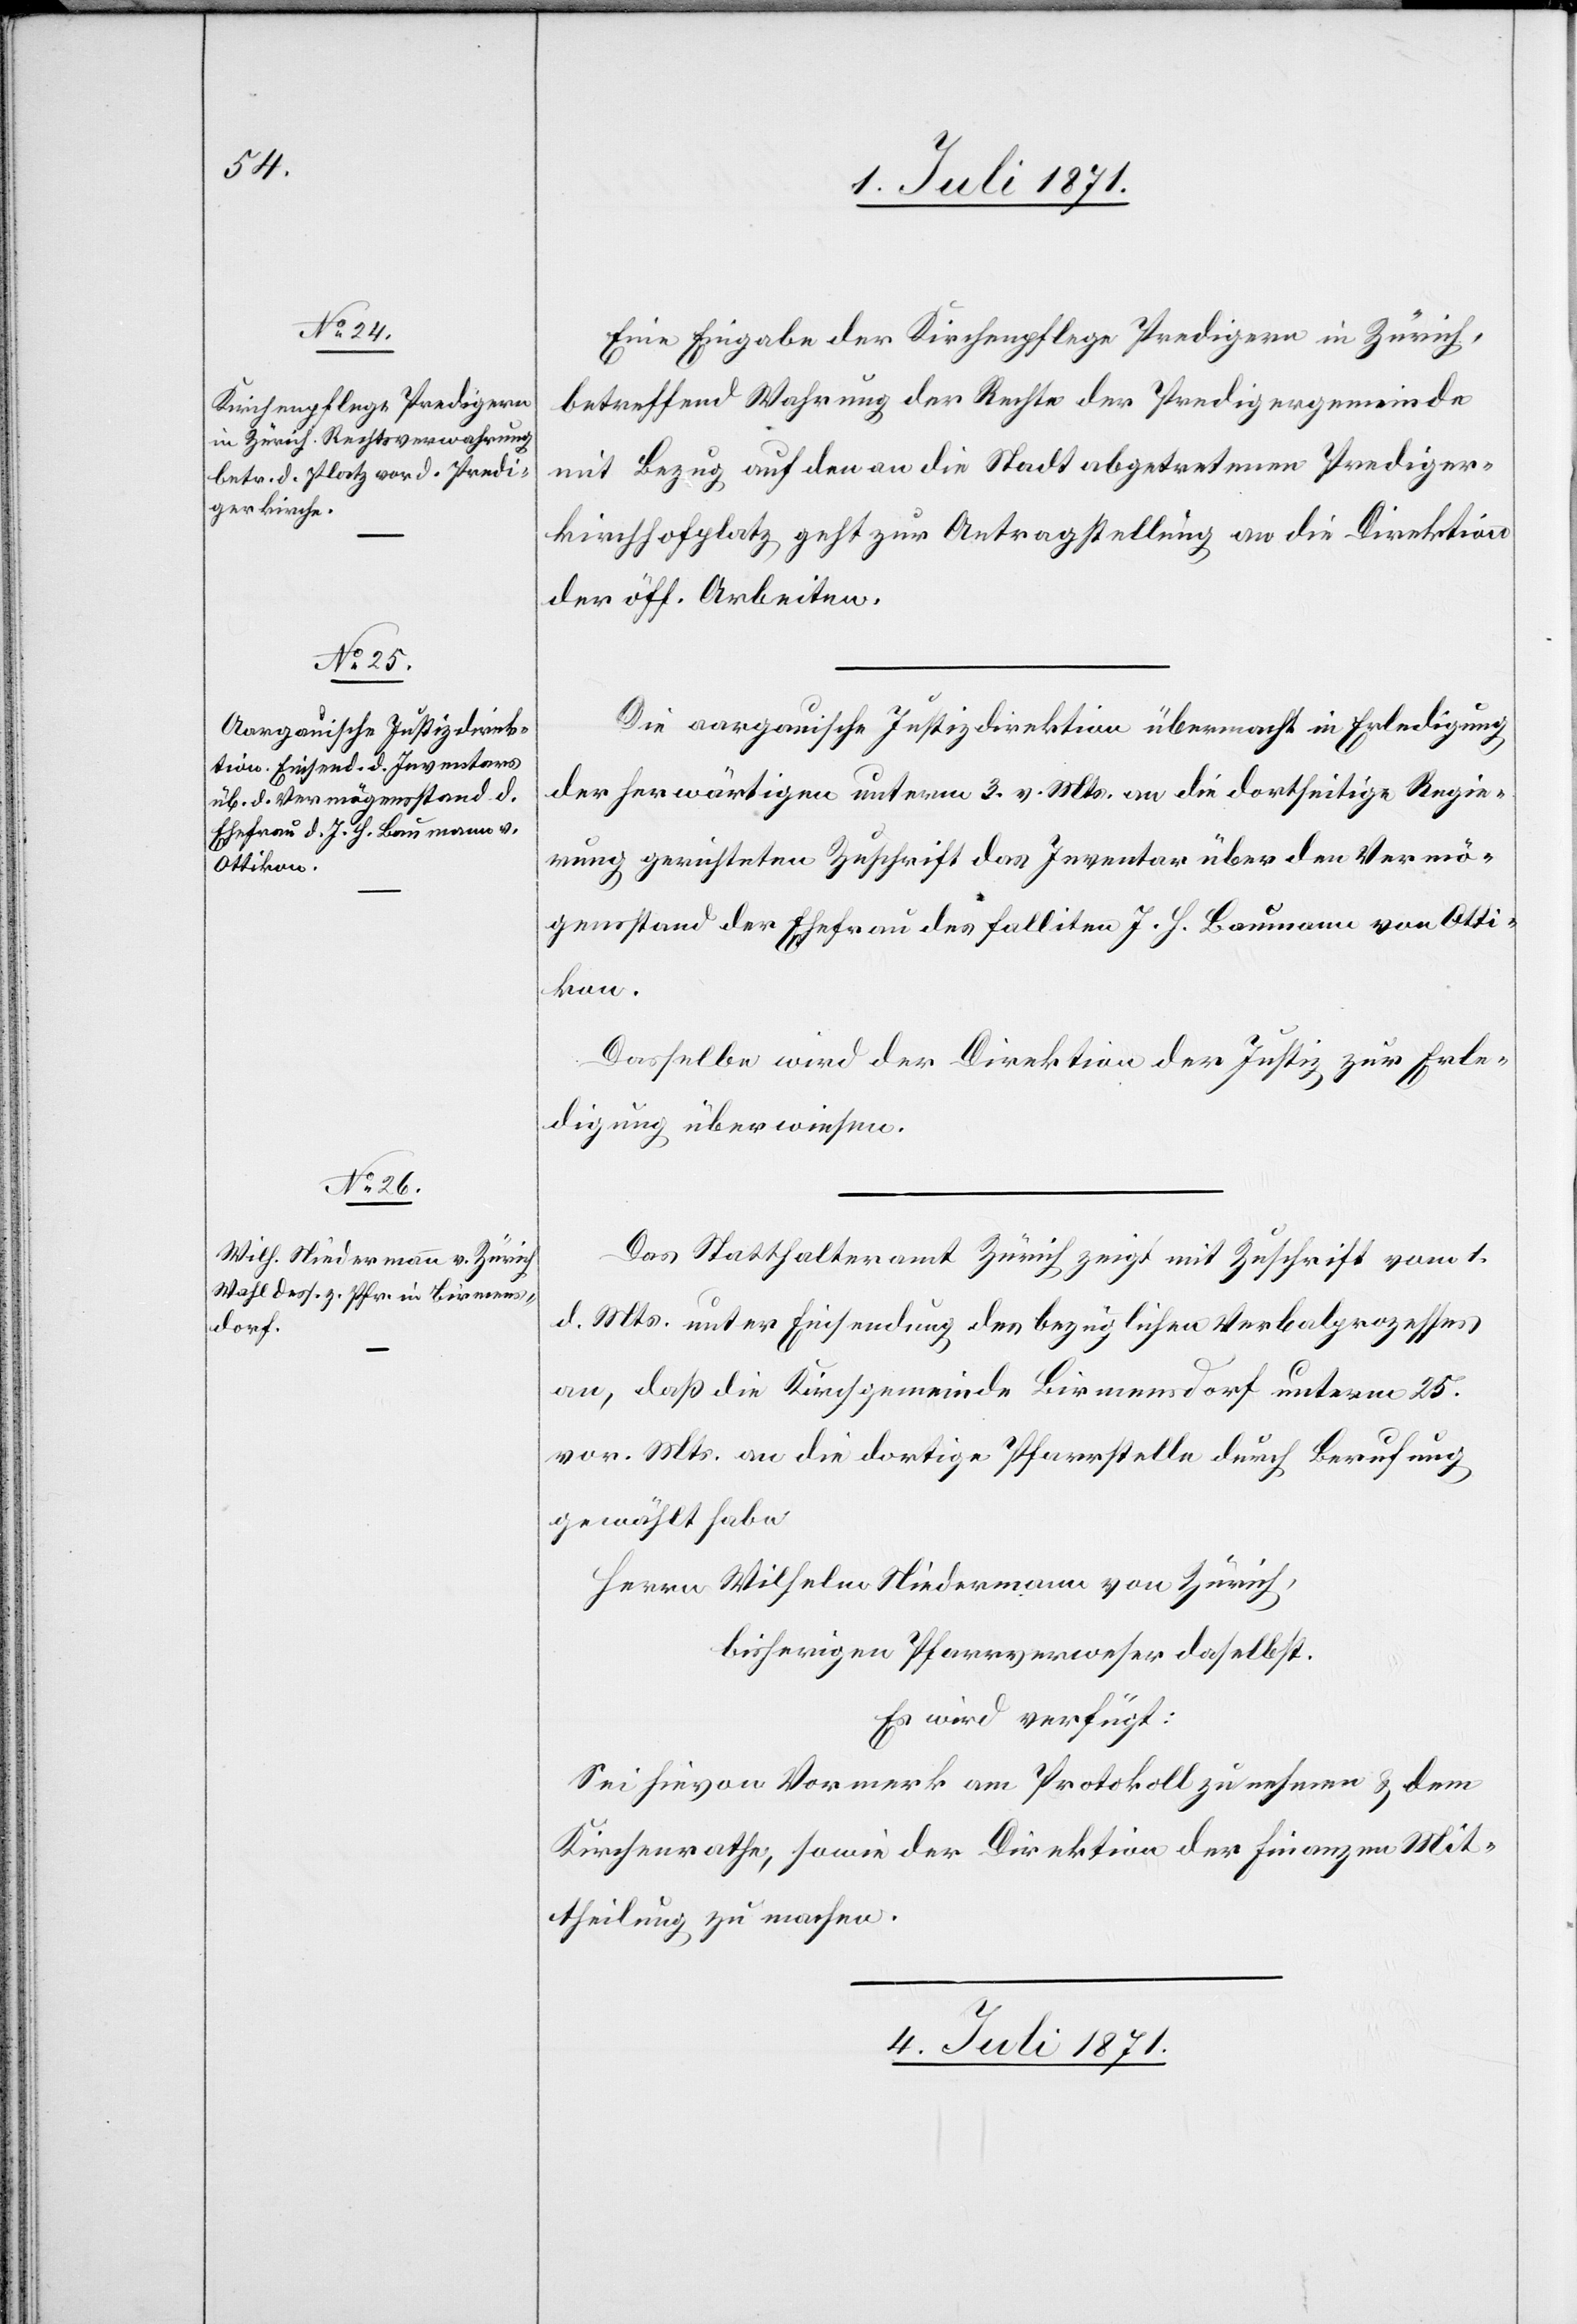
3. Juli 1871.]
Eine Eingabe der Kirchenpflege Predigern in Zürich,
betreffend Wahrung der Rechte der Predigergemeinde
mit Bezug auf den an die Stadt abgetretenen Prediger¬
kirchhofplatz geht zur Antragstellung an die Direktion
der öff. Arbeiten.
Die aargauische Justizdirektion übermacht in Erledigung
der herwärtigen unterm 3. v. Mts. an die dortseitige Regie¬
rung gerichteten Zuschrift das Inventar über den Vermö¬
gensstand der Ehefrau des Falliten J. H. Baumann von Otti¬
kon.
Dasselbe wird der Direktion der Justiz zur Erle¬
digung überwiesen.
Das Statthalteramt Zürich zeigt mit Zuschrift vom 1.
d. Mts. unter Einsendung des bezüglichen Verbalprozesses
an, daß die Kirchgemeinde Birmensdorf unterm 25.
vor. Mts. an die dortige Pfarrstelle durch Berufung
gewählt habe:
Herrn Wilhelm Niedermann von Zürich,
bisherigen Pfarrverweser daselbst.
Es wird verfügt:
Sei hievon Vormerk am Protokoll zu nehmen u. dem
Kirchenrathe, sowie der Direktion der Finanzen Mit¬
theilung zu machen.